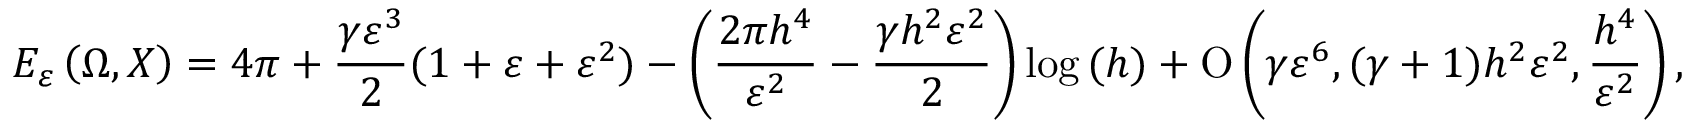
E _ { \varepsilon } \left( \Omega , X \right) = 4 \pi + \frac { \gamma \varepsilon ^ { 3 } } { 2 } ( 1 + \varepsilon + \varepsilon ^ { 2 } ) - \left( \frac { 2 \pi h ^ { 4 } } { \varepsilon ^ { 2 } } - \frac { \gamma h ^ { 2 } \varepsilon ^ { 2 } } { 2 } \right) \log { ( h ) } + \ensuremath { \operatorname { O } \left( \gamma \varepsilon ^ { 6 } , ( \gamma + 1 ) h ^ { 2 } \varepsilon ^ { 2 } , \frac { h ^ { 4 } } { \varepsilon ^ { 2 } } \right) } ,